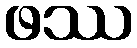
ဖဿ